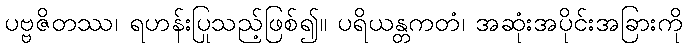
ပဗ္ဗဇိတဿ၊ ရဟန်းပြုသည့်ဖြစ်၍။ ပရိယန္တကတံ၊ အဆုံးအပိုင်းအခြားကို